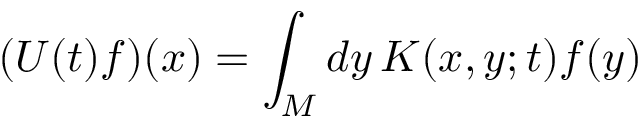
( U ( t ) f ) ( x ) = \int _ { M } d y \, K ( x , y ; t ) f ( y )